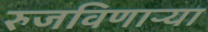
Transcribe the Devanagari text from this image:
रुजविणाऱ्या